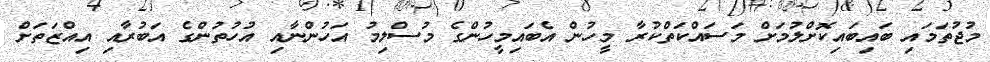
މުޖުތަމައި ބައިބައިކޮށްލުމަށް މަސައްކަތްކުރާ މީހުން އެބައިމީހުންގެ މުސްލިމު އަހުންނާއި އުހުތުންގެ އަބުރާއި އިއްޒަތަށް